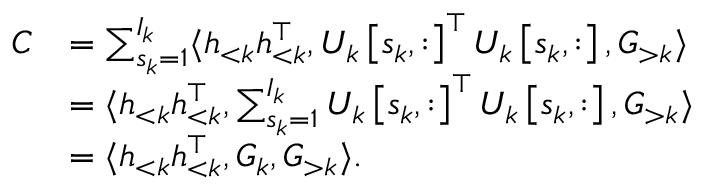
\begin{array} { r l } { C } & { = \sum _ { s _ { k } = 1 } ^ { I _ { k } } \langle h _ { < k } h _ { < k } ^ { \top } , U _ { k } \left[ s _ { k } , : \right] ^ { \top } U _ { k } \left[ s _ { k } , : \right] , G _ { > k } \rangle } \\ & { = \langle h _ { < k } h _ { < k } ^ { \top } , \sum _ { s _ { k } = 1 } ^ { I _ { k } } U _ { k } \left[ s _ { k } , : \right] ^ { \top } U _ { k } \left[ s _ { k } , : \right] , G _ { > k } \rangle } \\ & { = \langle h _ { < k } h _ { < k } ^ { \top } , G _ { k } , G _ { > k } \rangle . } \end{array}